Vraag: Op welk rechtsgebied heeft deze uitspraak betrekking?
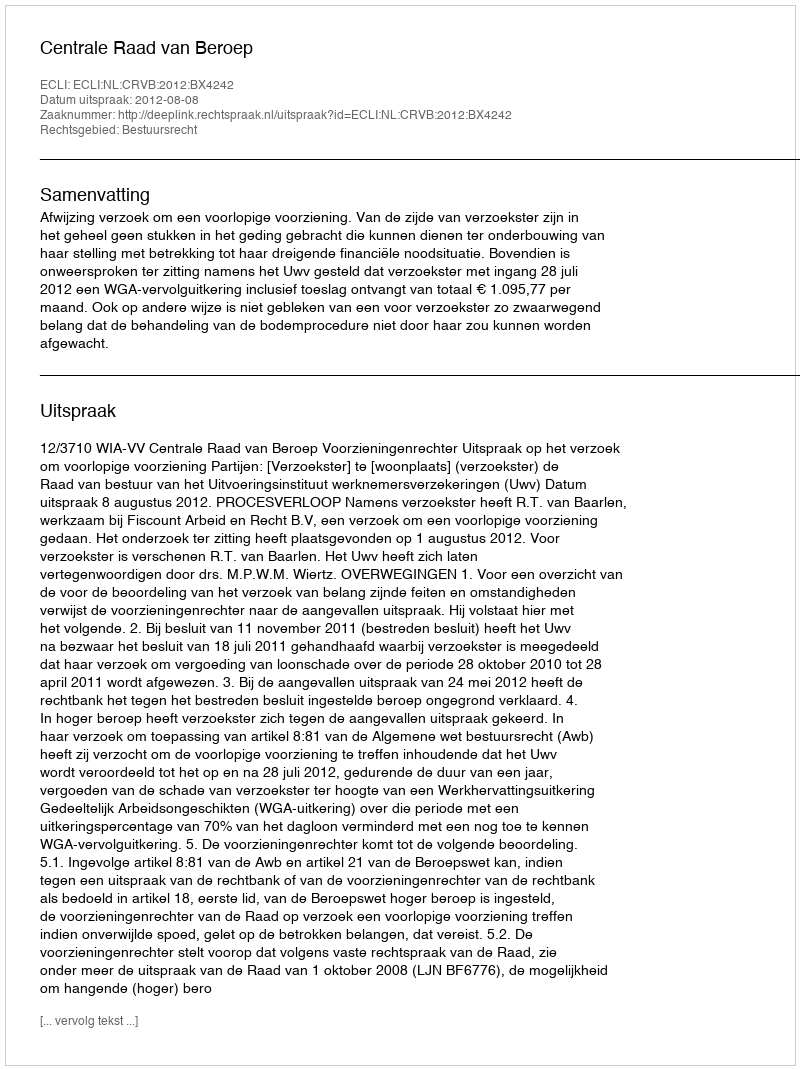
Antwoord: Bestuursrecht